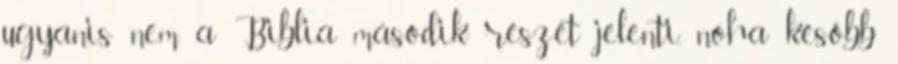
ugyanis nem a Biblia második részét jelenti, noha később